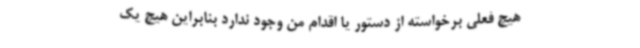
هیچ فعلی برخواسته از دستور یا اقدام من وجود ندارد بنابراین هیچ یک